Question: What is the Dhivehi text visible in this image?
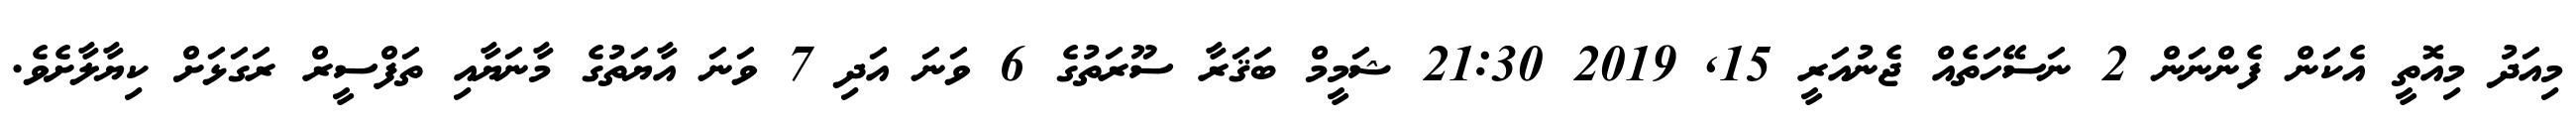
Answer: މިއަދު މިއޮތީ އެކަން ފެންނަން 2 ނަސޭހަތެއް ޖެނުއަރީ 15, 2019 21:30 ޝަމީމް ބަޤަރާ ސޫރަތުގެ 6 ވަނަ އަދި 7 ވަނަ އާޔަތުގެ މާނަޔާއި ތަފްސީރް ރަގަޅަށް ކިޔާލާށެވެ.